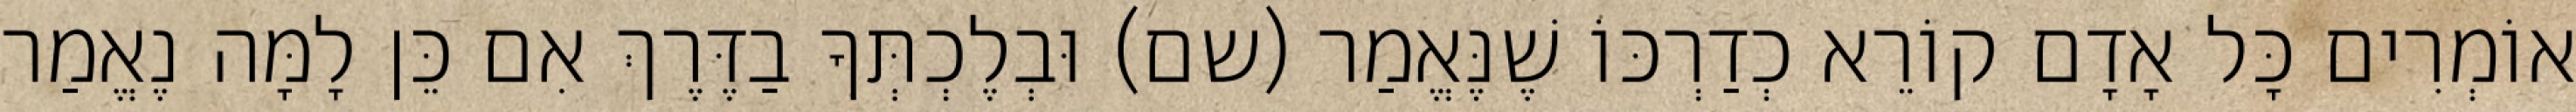
אוֹמְרִים כָּל אָדָם קוֹרֵא כְדַרְכּוֹ שֶׁנֶּאֱמַר (שם) וּבְלֶכְתְּךָ בַדֶּרֶךְ אִם כֵּן לָמָּה נֶאֱמַר